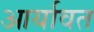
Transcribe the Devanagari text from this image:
आर्यावत